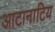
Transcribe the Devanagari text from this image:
आटानाटिय